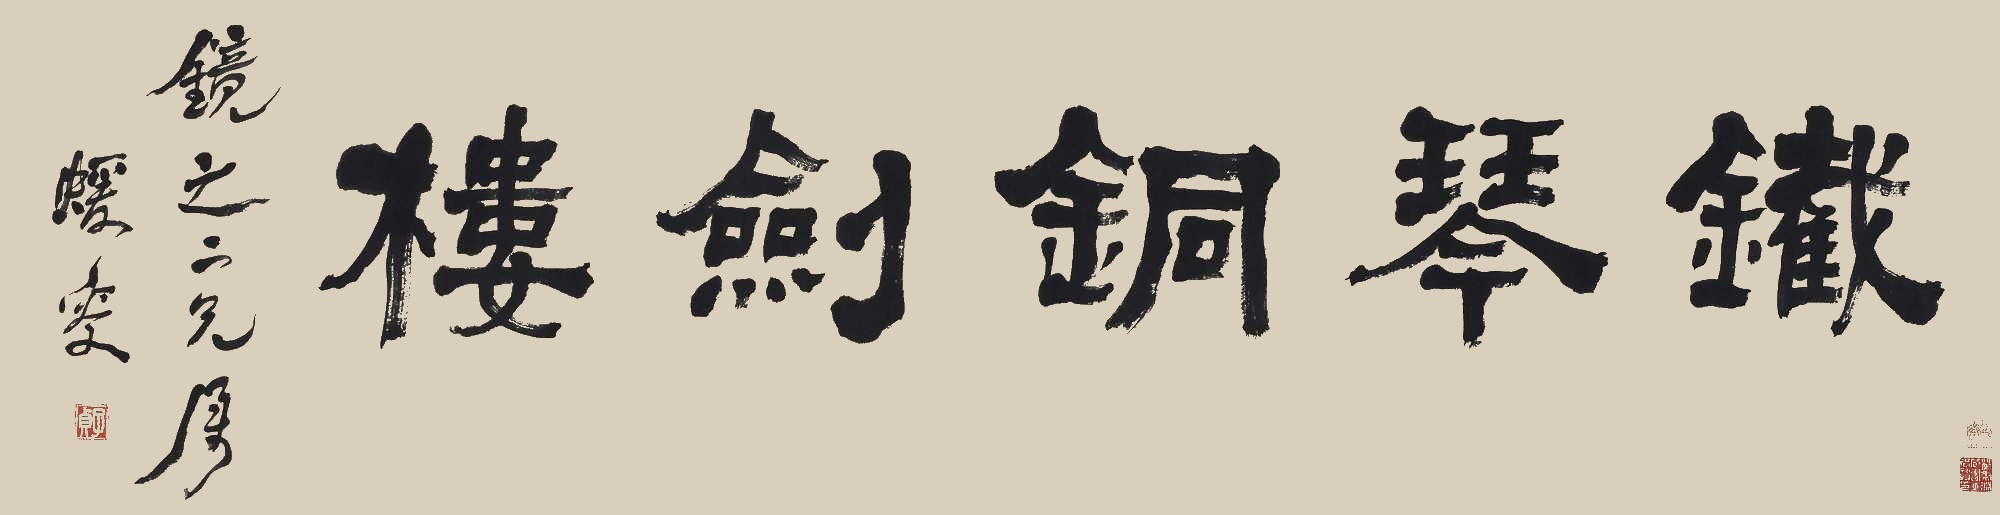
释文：铁琴铜剑楼。镜之二兄属，蝯叟。